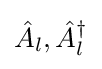
{\hat {A}}_{l},{\hat {A}}_{l}^{\dagger }